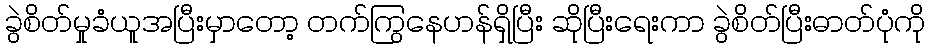
ခွဲစိတ်မှုခံယူအပြီးမှာတော့ တက်ကြွနေဟန်ရှိပြီး ဆိုပြီးရေးကာ ခွဲစိတ်ပြီးဓာတ်ပုံကို